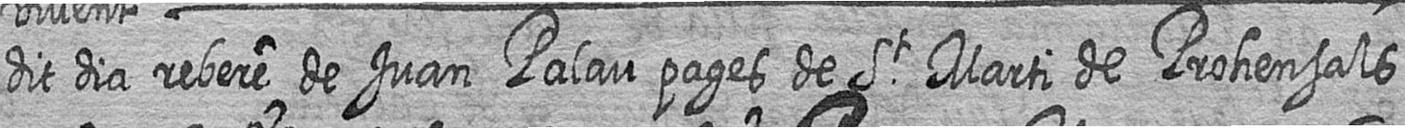
dit dia rebere de Juan Palau pages de St Marti de Prohensals